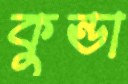
কুন্ডা